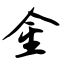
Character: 金